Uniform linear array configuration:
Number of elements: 48
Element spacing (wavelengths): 1
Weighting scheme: hamming
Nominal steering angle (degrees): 0
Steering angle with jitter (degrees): -1.789
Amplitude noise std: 0.05
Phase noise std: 0.05

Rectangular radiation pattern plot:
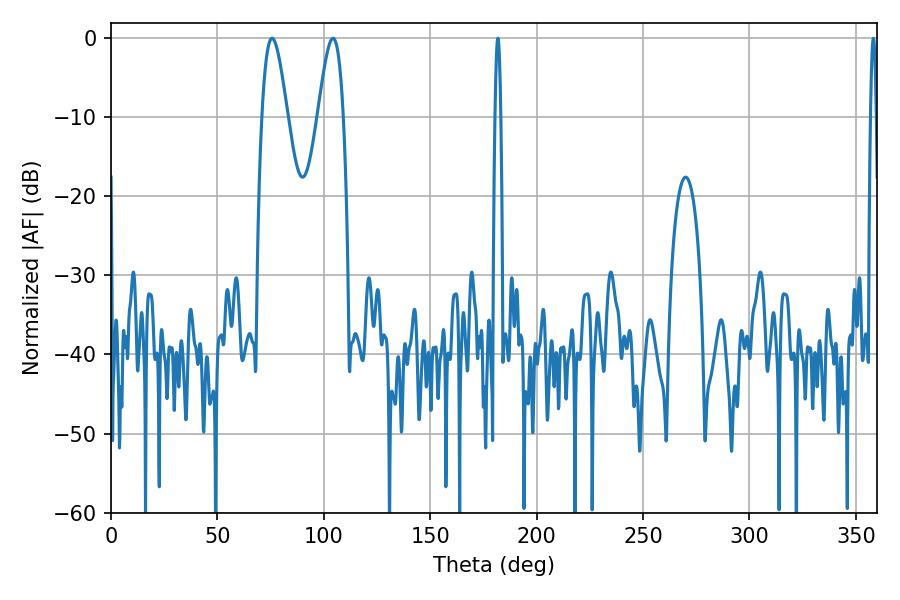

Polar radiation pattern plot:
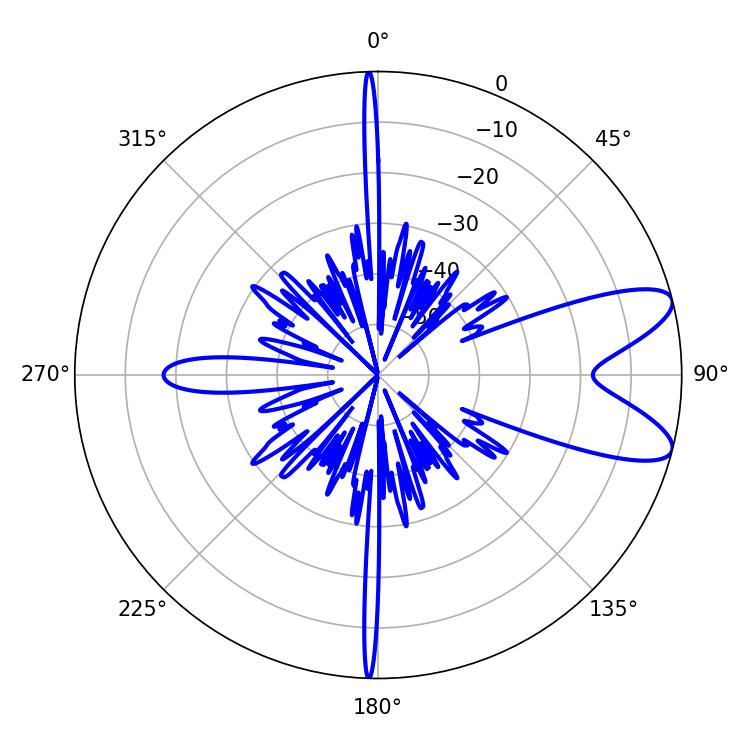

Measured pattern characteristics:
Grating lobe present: TRUE
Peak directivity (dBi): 9.219
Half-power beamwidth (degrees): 1.44
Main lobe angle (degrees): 181.8